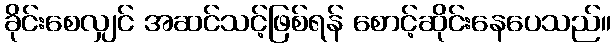
ခိုင်းစေလျှင် အဆင်သင့်ဖြစ်ရန် စောင့်ဆိုင်းနေပေသည်။